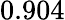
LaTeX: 0.904